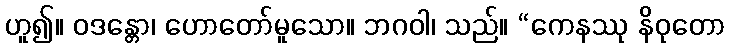
ဟူ၍။ ဝဒန္တော၊ ဟောတော်မူသော။ ဘဂဝါ၊ သည်။ “ကေနဿု နိဝုတော